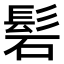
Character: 𮫁